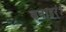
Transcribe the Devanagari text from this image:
बनाइर्ं।